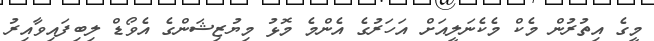
މީގެ އިތުރުން މެކް މެކެނަލީއަށް އަހަރުގެ އެންމެ މޮޅު މިޔުޒިޝަންގެ އެވޯޑް ލިބިފައިވާއިރު